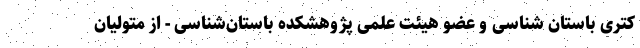
کتری باستان شناسی و عضو هیئت علمی پژوهشکده باستان‌شناسی - از متولیان